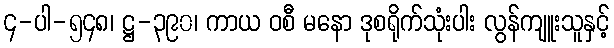
၄-ပါ-၅၄၈၊ ဋ္ဌ-၃၉၀၊ ကာယ ဝစီ မနော ဒုစရိုက်သုံးပါး လွန်ကျူးသူနှင့်